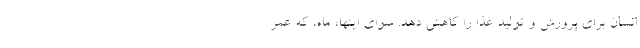
انسان برای پرورش و تولید غذا را کاهش دهد. سوای اینها، ماه، که عمر